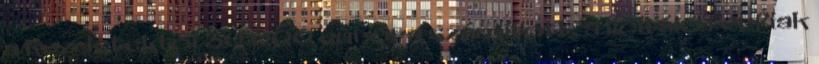
a kezdetektől 50 000 euróra számított, a licitáló férfiak